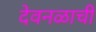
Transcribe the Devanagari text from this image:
देवनळाची